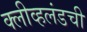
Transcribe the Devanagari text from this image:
क्लीव्हलंडची